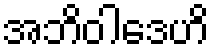
အဘိဝါဒေဟိ